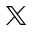
\mathbb { X }